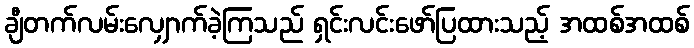
ချီတက်လမ်းလျှောက်ခဲ့ကြသည် ရှင်းလင်းဖော်ပြထားသည့် အထစ်အထစ်